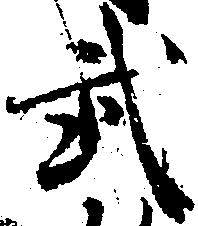
武